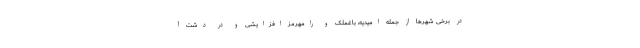
در برخی شهرها از جمله امیدیه، باغملک و رامهرمز افزایشی و در دشت آ